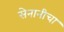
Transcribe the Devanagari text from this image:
सेनानीचा